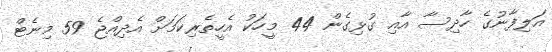
އަލިފާނުގެ ހާދިސާ އާއި ގުޅިގެން 44 މީހަކު އެހީތެރިކަމަށް އެދިއްޖެ 59 މިނެޓް